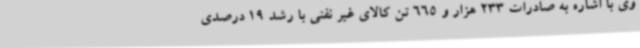
وی با اشاره به صادرات 233 هزار و 665 تن کالای غیر نفتی با رشد 19 درصدی